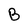
Character: B